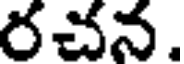
రచన.